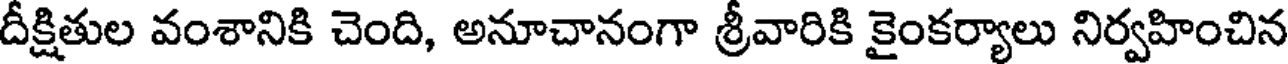
దీక్షితుల వంశానికి చెంది, అనూచానంగా శ్రీవారికి కైంకర్యాలు నిర్వహించిన